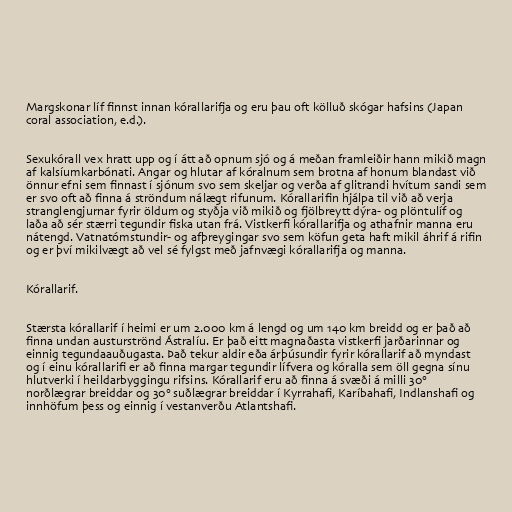
Margskonar líf finnst innan kórallarifja og eru þau oft kölluð skógar hafsins (Japan
coral association, e.d.).

Sexukórall vex hratt upp og í átt að opnum sjó og á meðan framleiðir hann mikið magn
af kalsíumkarbónati. Angar og hlutar af kóralnum sem brotna af honum blandast við
önnur efni sem finnast í sjónum svo sem skeljar og verða af glitrandi hvítum sandi sem
er svo oft að finna á ströndum nálægt rifunum. Kórallarifin hjálpa til við að verja
stranglengjurnar fyrir öldum og styðja við mikið og fjölbreytt dýra- og plöntulíf og
laða að sér stærri tegundir fiska utan frá. Vistkerfi kórallarifja og athafnir manna eru
nátengd. Vatnatómstundir- og afþreygingar svo sem köfun geta haft mikil áhrif á rifin
og er því mikilvægt að vel sé fylgst með jafnvægi kórallarifja og manna.

Kórallarif.

Stærsta kórallarif í heimi er um 2.000 km á lengd og um 140 km breidd og er það að
finna undan austurströnd Ástralíu. Er það eitt magnaðasta vistkerfi jarðarinnar og
einnig tegundaauðugasta. Það tekur aldir eða árþúsundir fyrir kórallarif að myndast
og í einu kórallarifi er að finna margar tegundir lífvera og kóralla sem öll gegna sínu
hlutverki í heildarbyggingu rifsins. Kórallarif eru að finna á svæði á milli 30°
norðlægrar breiddar og 30° suðlægrar breiddar í Kyrrahafi, Karíbahafi, Indlanshafi og
innhöfum þess og einnig í vestanverðu Atlantshafi.